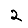
Digit: 2